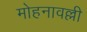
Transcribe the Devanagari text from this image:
मोहनावल्ली